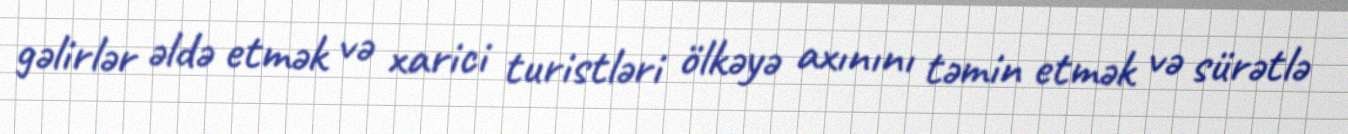
gəlirlər əldə etmək və xarici turistləri ölkəyə axınını təmin etmək və sürətlə